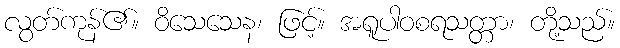
လွတ်ကုန်၏။ ဝိသေသေန၊ ဖြင့်။ အရူပါဝစရသတ္တာ၊ တို့သည်။